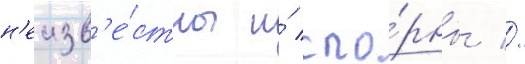
н'еизв'е́стны и́ спо́рны //